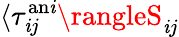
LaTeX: \langle\tau_{\mathit{i}j}^{\mathrm{{an\mathit{i}}}}\rangleS_{\mathit{i}j}